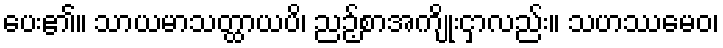
ပေး၏။ သာယမာသတ္ထာယပိ၊ ညဉ့်စာအကျိုးငှာလည်း။ သဟဿမေဝ၊